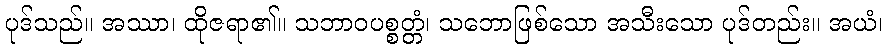
ပုဒ်သည်။ အဿာ၊ ထိုဇရာ၏။ သဘာဝပစ္စတ္တံ၊ သဘောဖြစ်သော အသီးသော ပုဒ်တည်း။ အယံ၊